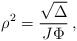
\begin{align*} \rho^2 = \frac{\sqrt{\Delta}}{J\Phi}\, , \end{align*}